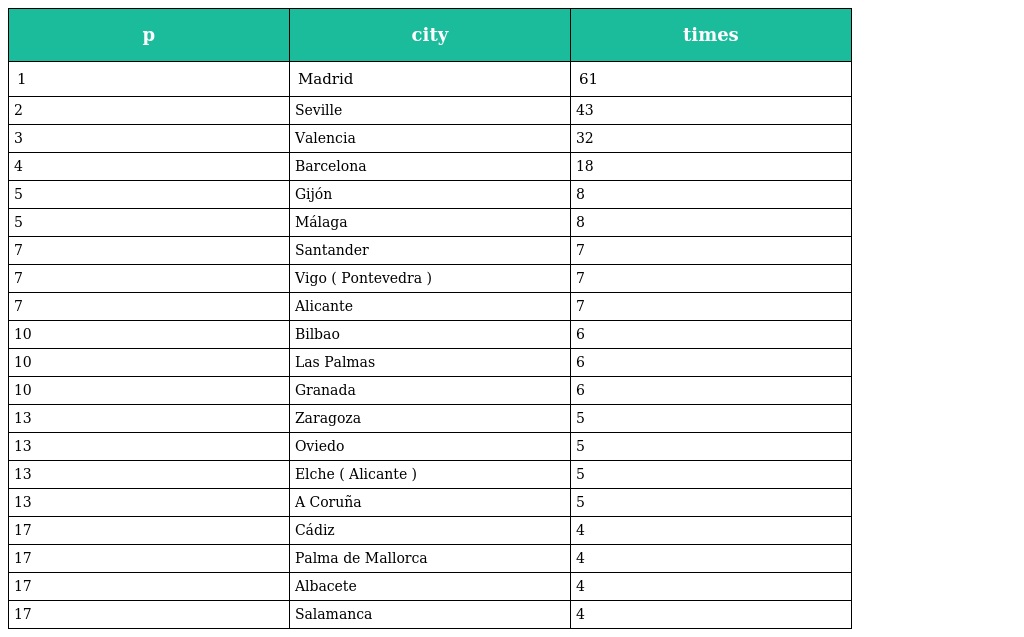
| p | city | times |
 | --- | --- | --- |
 | 1 | Madrid | 61 |
 | 2 | Seville | 43 |
 | 3 | Valencia | 32 |
 | 4 | Barcelona | 18 |
 | 5 | Gijón | 8 |
 | 5 | Málaga | 8 |
 | 7 | Santander | 7 |
 | 7 | Vigo ( Pontevedra ) | 7 |
 | 7 | Alicante | 7 |
 | 10 | Bilbao | 6 |
 | 10 | Las Palmas | 6 |
 | 10 | Granada | 6 |
 | 13 | Zaragoza | 5 |
 | 13 | Oviedo | 5 |
 | 13 | Elche ( Alicante ) | 5 |
 | 13 | A Coruña | 5 |
 | 17 | Cádiz | 4 |
 | 17 | Palma de Mallorca | 4 |
 | 17 | Albacete | 4 |
 | 17 | Salamanca | 4 |